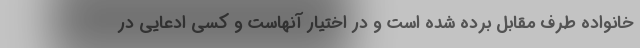
خانواده طرف مقابل برده شده است و در اختیار آنهاست و کسی ادعایی در